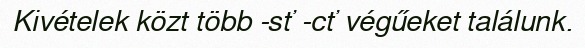
Kivételek közt több -sť -cť végűeket találunk.